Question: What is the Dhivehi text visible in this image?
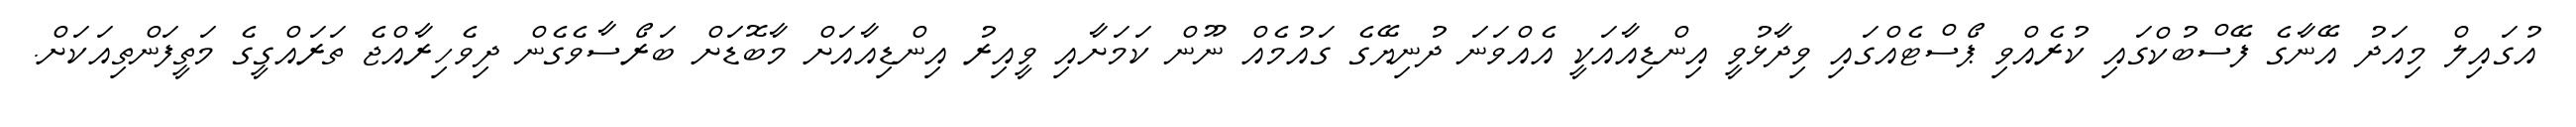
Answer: އުގައިލް މިއަދު އޭނާގެ ފޭސްބުކްގައި ކުރެއްވި ޕޯސްޓެއްގައި ވިދާޅުވީ އިންޑިއާއަކީ އެއްވަނަ ދުނިޔޭގެ ގައުމެއް ނޫން ކަމަށާއި ވީއިރު އިންޑިއާއަށް މާބޮޑަށް ބަރޯސާވެގެން ދިވެހިރާއްޖެ ތަރައްގީގެ މަތީފަންތިއަކަށް.